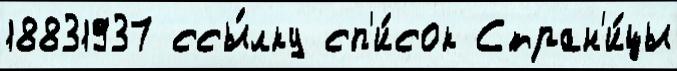
18831937 ссы́лку сп'и́сок Стран'и́цы